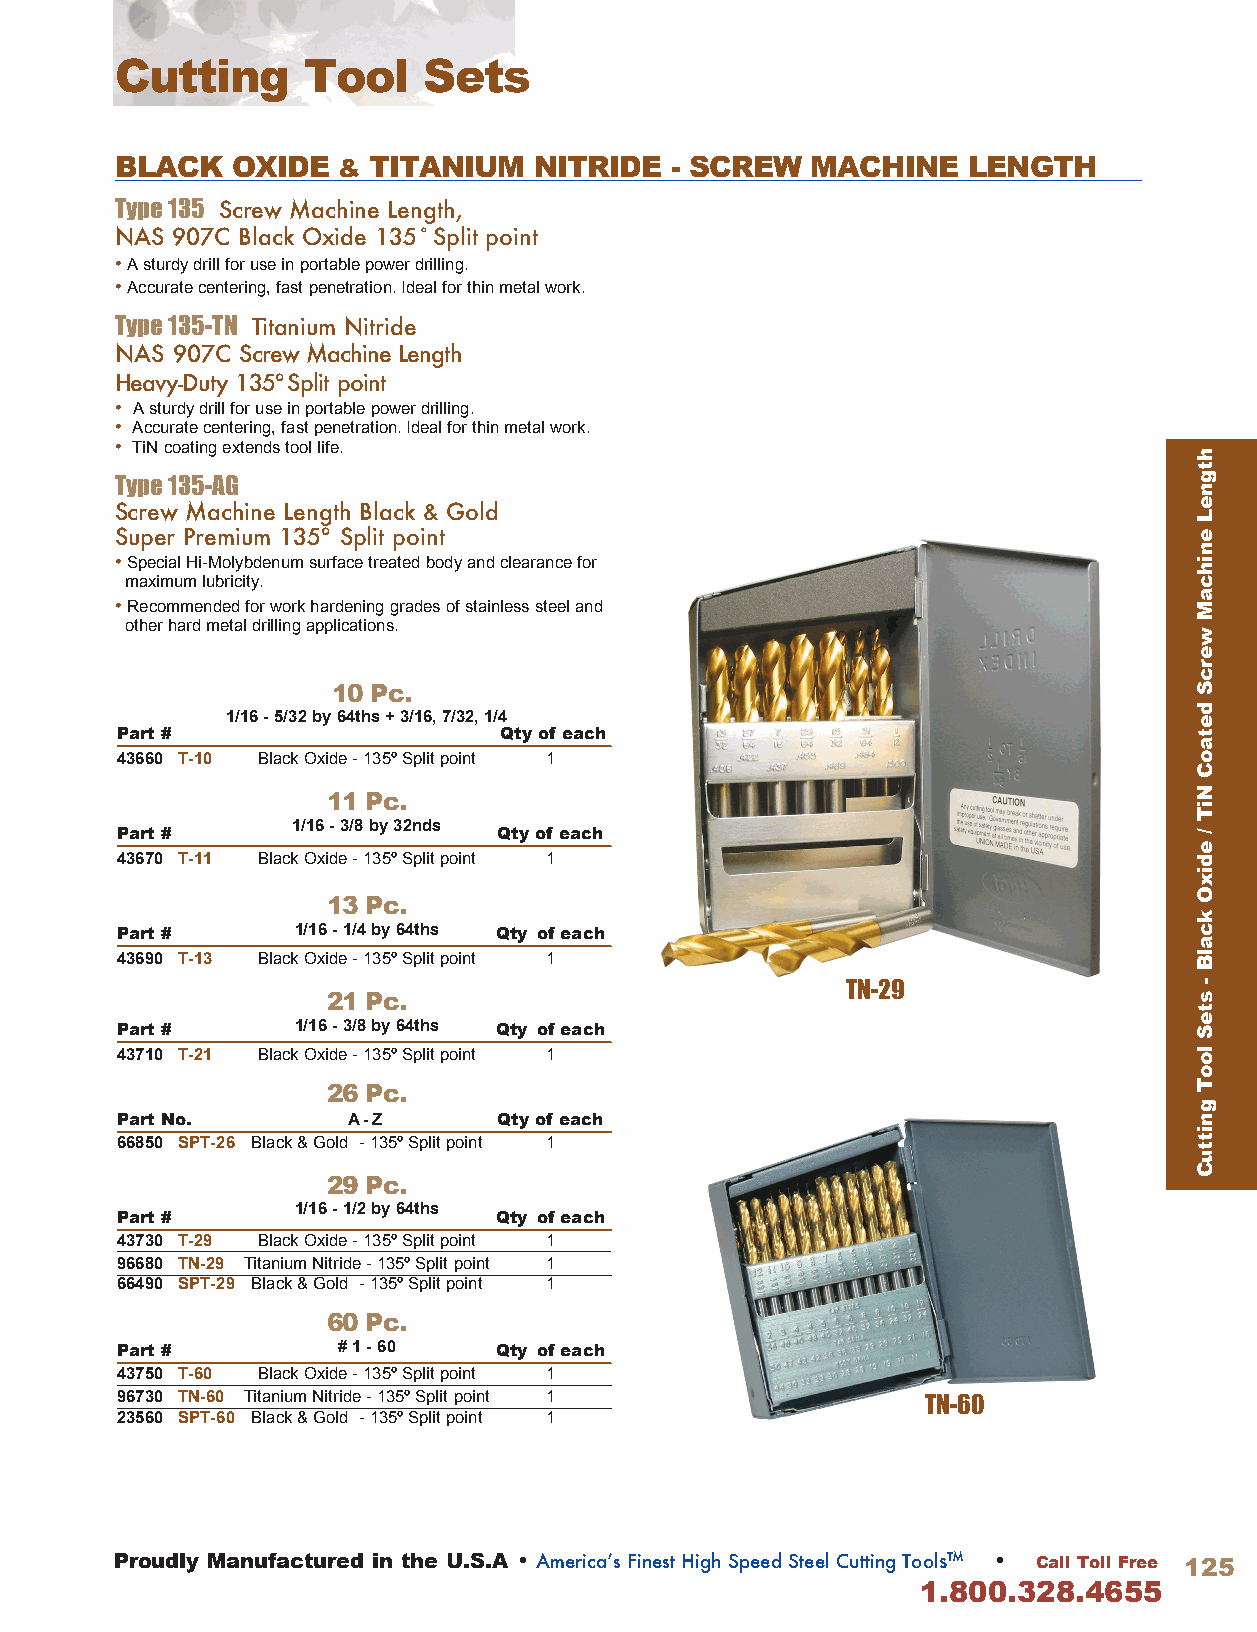
Cutting     Tool    Sets
 BLACK  OXIDE  & TITANIUM   NITRIDE  - SCREW   MACHINE   LENGTH
 Type 135 Screw Machine Length,
 NAS 907C Black Oxide 135˚ Split point
 • A sturdy drill for use in portable power drilling .
 • Accurate centering, fast penetration . Ideal for thin metal work .
 Type 135-TN Titanium Nitride
 NAS 907C Screw Machine Length
 Heavy-Duty 135º Split point
 • A sturdy drill for use in portable power drilling .
 • Accurate centering, fast penetration . Ideal for thin metal work .
 • TiN coating extends tool life .
 Type 135-AG
 Screw Machine Length Black & Gold
 Super Premium 135º Split point
 • Special Hi-Molybdenum surface treated body and clearance for
 maximum lubricity .
 • Recommended for work hardening grades of stainless steel and
 other hard metal drilling applications .
 10 Pc.
 1/16 - 5/32 by 64ths + 3/16, 7/32, 1/4
 Part #                   Qty of each
 43660 T-10 Black Oxide - 135º Split point 1
 11 Pc.
 Part #
 1/16 - 3/8 by 32nds
 Qty of e ach
 43670 T-11 Black Oxide - 135º Split point 1
 13 Pc.
 Part #     1/16 - 1/4 by 64ths Qty of e ach
 43690 T-13 Black Oxide - 135º Split point 1
 TN-29
 21 Pc.
 Part #     1/16 - 3/8 by 64ths Qty of e ach
 43710 T-21 Black Oxide - 135º Split point 1
 26 Pc.
 Part No.       A- Z      Qty of e ach
 66850 SPT-26 Black & Gold - 135º Split point 1
 29 Pc.
 Part #
 1/16 - 1/2 by 64ths
 Qty of e ach
 43730 T-29 Black Oxide - 135º Split point 1
 96680 TN-29 Titanium Nitride - 135º Split point 1
 66490 SPT-29 Black & Gold - 135º Split point 1
 60 Pc.
 Part #        # 1 - 60   Qty of e ach
 43750 T-60 Black Oxide - 135º Split point 1
 96730 TN-60 Titanium Nitride - 135º Split point 1    TN-60
 23560 SPT-60 Black & Gold - 135º Split point 1
 Proudly Manufactured in the U.S.A • America’s Finest High Speed Steel Cutting Tools™ • Call Toll Free 125
 1.800.328.4655
 htgneL
 enihcaM
 wercS
 detaoC
 NiT
 /
 edixO
 kcalB
 -
 steS
 looT
 gnittuC